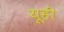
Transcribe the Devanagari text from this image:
यूही